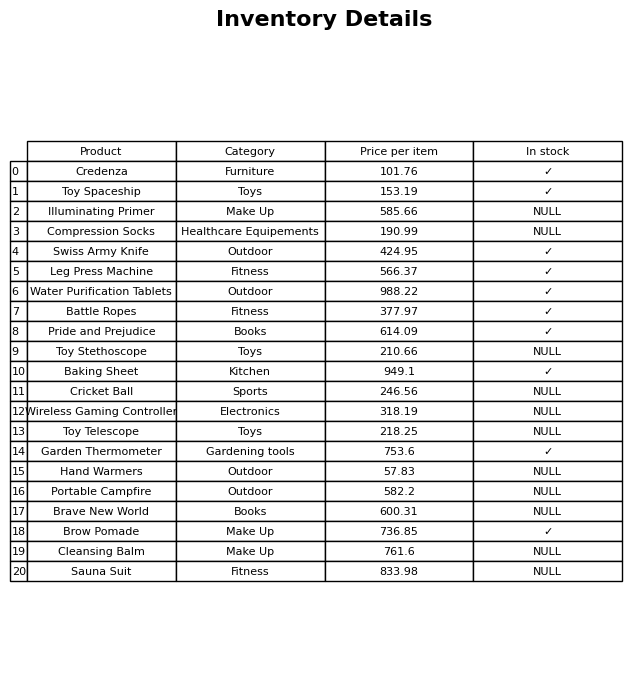
question: What is the price for Swiss Army Knife?
answer: The price of Swiss Army Knife is 424.95.